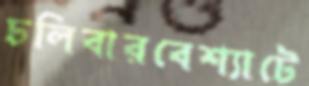
ঢলিবারবেশ্যাটে